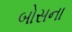
બોસના